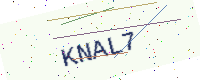
Text: KNAL7